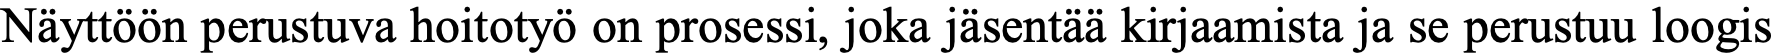
Näyttöön perustuva hoitotyö on prosessi, joka jäsentää kirjaamista ja se perustuu loogis